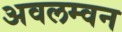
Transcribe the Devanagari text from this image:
अवलम्वन